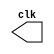
// -------------------------
// clock1 - 
// Nome: Rodrigo Arruda de Assis 

// ------------------------- 
// --------------------------- 
// -- test clock generator (1) 
// --------------------------- 
	module clock ( clk ); 
	output clk; 
	reg clk; 

initial 
	begin 
		clk = 1'b0; 
	end 
		always 
	begin 
		#12 clk = ~clk; 
	end 
		endmodule // clock ( ) 
		module clock1; 
		wire clk; 
		clock CLK1 ( clk ); 
initial begin 
		$dumpfile ( "clock1.vcd" ); 
		$dumpvars; 
	#120 $finish; 
end 
endmodule // clock1( )